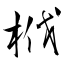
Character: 栰